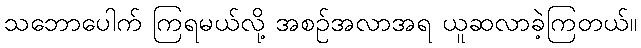
သဘောပေါက် ကြရမယ်လို့ အစဉ်အလာအရ ယူဆလာခဲ့ကြတယ်။